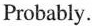
Probably.